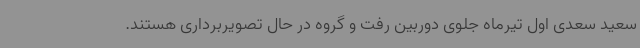
سعید سعدی اول تیرماه جلوی دوربین رفت و گروه در حال تصویربرداری هستند.